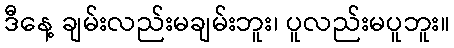
ဒီနေ့ ချမ်းလည်းမချမ်းဘူး၊ ပူလည်းမပူဘူး။